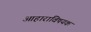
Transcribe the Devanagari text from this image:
आहाराविषयक